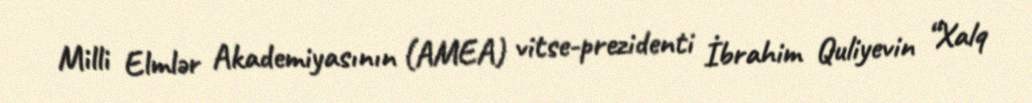
Milli Elmlər Akademiyasının (AMEA) vitse-prezidenti İbrahim Quliyevin “Xalq